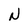
Character: N